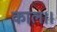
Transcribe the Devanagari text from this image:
काल।।